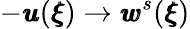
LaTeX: -{\pmb u}({\pmb\xi})\rightarrow{\pmb w}^{s}({\pmb\xi})